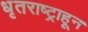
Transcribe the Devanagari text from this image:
धृतराष्ट्राहून